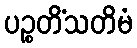
ပဉ္စတိံသတိမံ